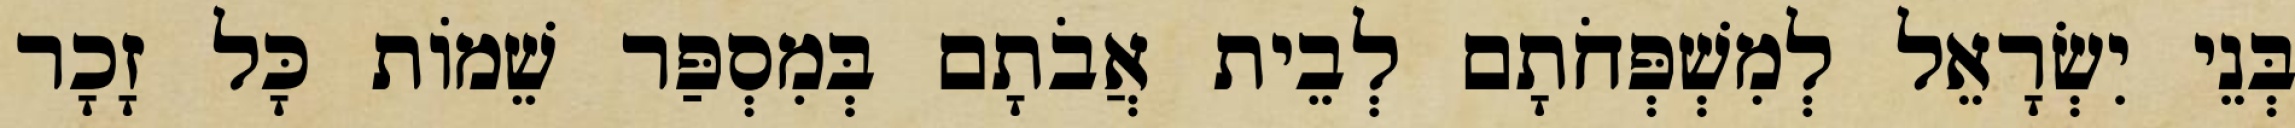
בְּנֵי יִשְׂרָאֵל לְמִשְׁפְּחֹתָם לְבֵית אֲבֹתָם בְּמִסְפַּר שֵׁמוֹת כָּל זָכָר